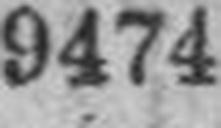
9474